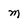
Character: M